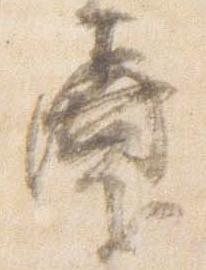
璽